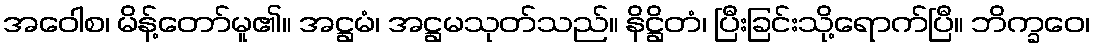
အဝေါစ၊ မိန့်တော်မူ၏။ အဋ္ဌမံ၊ အဋ္ဌမသုတ်သည်။ နိဋ္ဌိတံ၊ ပြီးခြင်းသို့ရောက်ပြီ။ ဘိက္ခဝေ၊